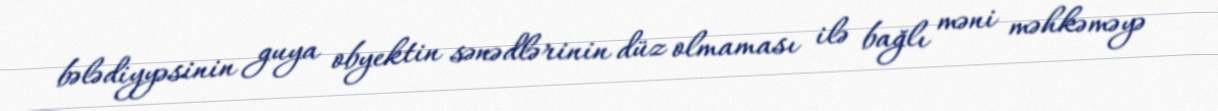
bələdiyyəsinin guya obyektin sənədlərinin düz olmaması ilə bağlı məni məhkəməyə